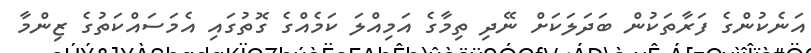
އަނެކުންގެ ފަރާތަކުން ބަދަލަކަށް ނޭދި ތިމާގެ އަމިއްލަ ކަމެއްގެ ގޮތުގައި އެމަސައްކަތުގެ ޒިންމާ